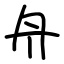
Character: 舟